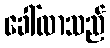
ခေါ်လာသည်